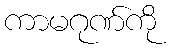
ကာမဂုဏ်ကို